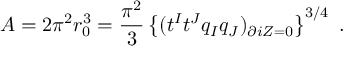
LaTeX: A = 2 \pi ^ { 2 } r _ { 0 } ^ { 3 } = { \frac { \pi ^ { 2 } } { 3 } } \left\{ ( t ^ { I } t ^ { J } q _ { I } q _ { J } ) _ { \partial i Z = 0 } \right\} ^ { 3 / 4 } \ .